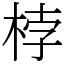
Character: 桲